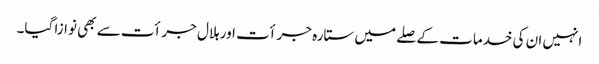
انہیں ان کی خدمات کے صلے میں ستارہ جرأت اور ہلال جرأت سے بھی نوازا گیا۔